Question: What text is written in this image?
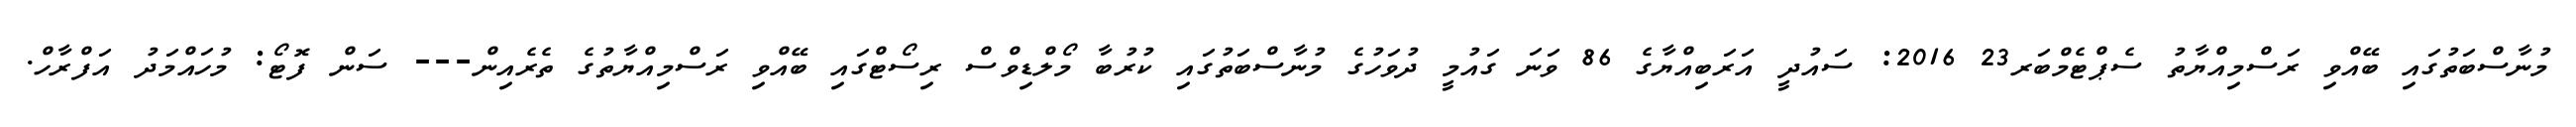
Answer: މުނާސްބަތުގައި ބޭއްވި ރަސްމިއްޔާތު ސެޕްޓެމްބަރ23 2016: ސައުދީ އަރަބިއްޔާގެ 86 ވަނަ ގައުމީ ދުވަހުގެ މުނާސްބަތުގައި ކުރުބާ މޯލްޑިވްސް ރިސޯޓްގައި ބޭއްވި ރަސްމިއްޔާތުގެ ތެރެއިން--- ސަން ފޮޓޯ: މުހައްމަދު އަފްރާހް.